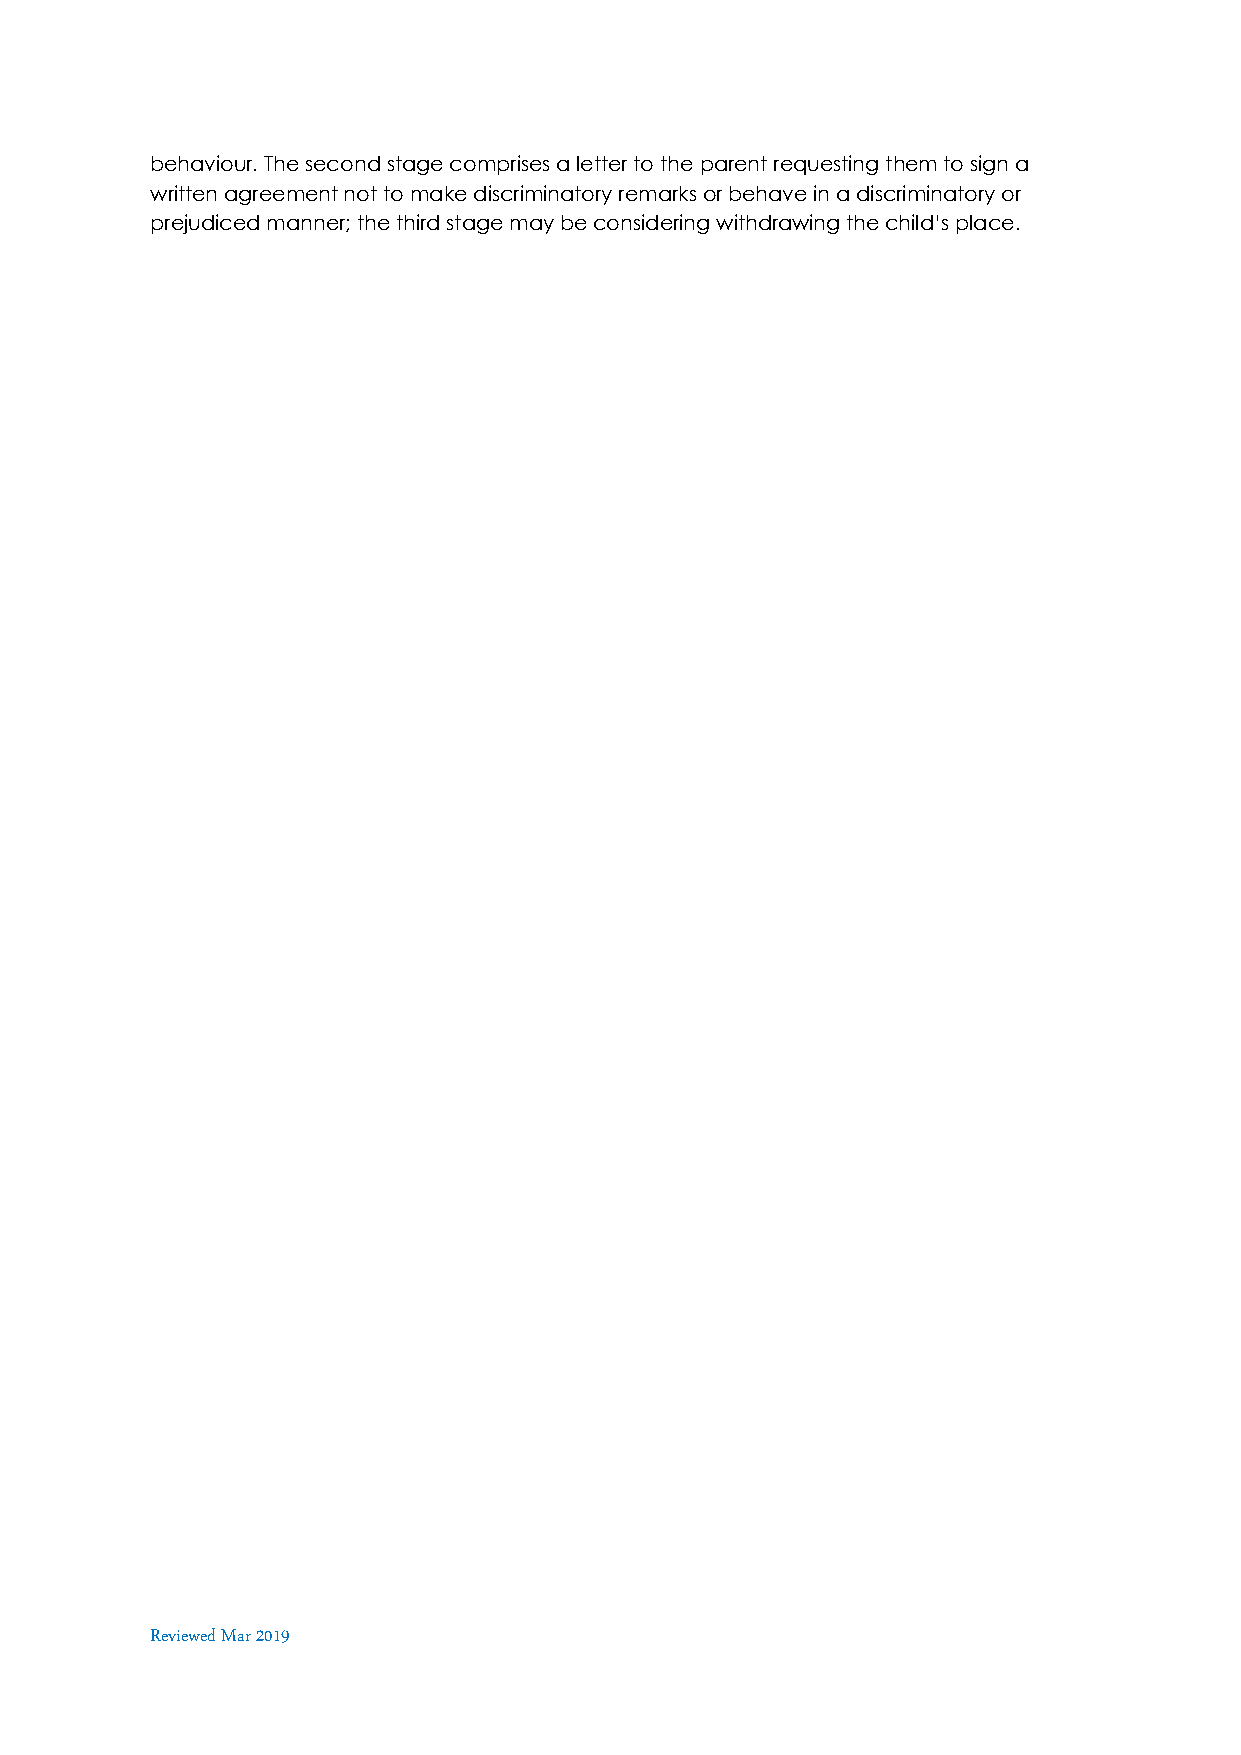
behaviour. The second stage comprises a letter to the parent requesting them to sign a
 written agreement not to make discriminatory remarks or behave in a discriminatory or
 prejudiced manner; the third stage may be considering withdrawing the child’s place.
 Reviewed Mar 2019